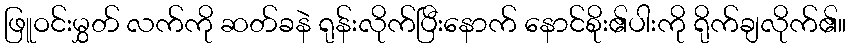
ဖြူဝင်းမွှတ် လက်ကို ဆတ်ခနဲ ရုန်းလိုက်ပြီးနောက် နောင်စိုး၏ပါးကို ရိုက်ချလိုက်၏။